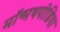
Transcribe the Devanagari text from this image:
मॉन्मथपीडिया